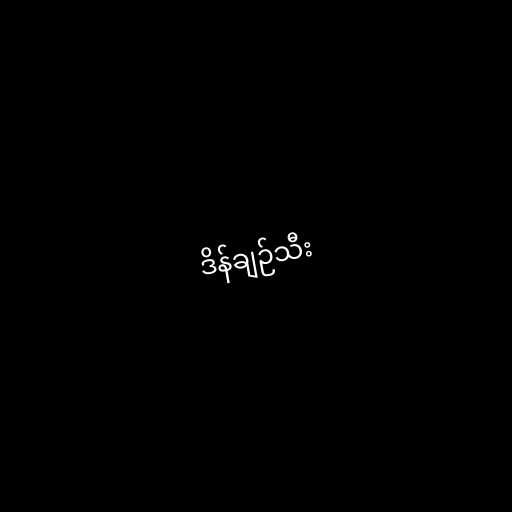
ဒိန်ချဉ်သီး